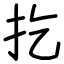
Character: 扢